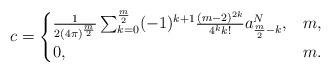
LaTeX: \begin{align*}c=\begin{cases}\frac{1}{2(4\pi)^{\frac{m}{2}}}\sum_{k=0}^{\frac{m}{2}}(-1)^{k+1}\frac{(m-2)^{2k}}{4^k k!}a^N_{\frac{m}{2}-k}, &m ,\\0, &m .\end{cases}\end{align*}